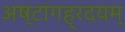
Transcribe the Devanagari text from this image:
अष्टांगह्रदयम्